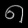
Digit: ၈